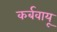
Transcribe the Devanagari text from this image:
कर्बवायू